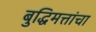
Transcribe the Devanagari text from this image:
बुद्धिमत्तांचा